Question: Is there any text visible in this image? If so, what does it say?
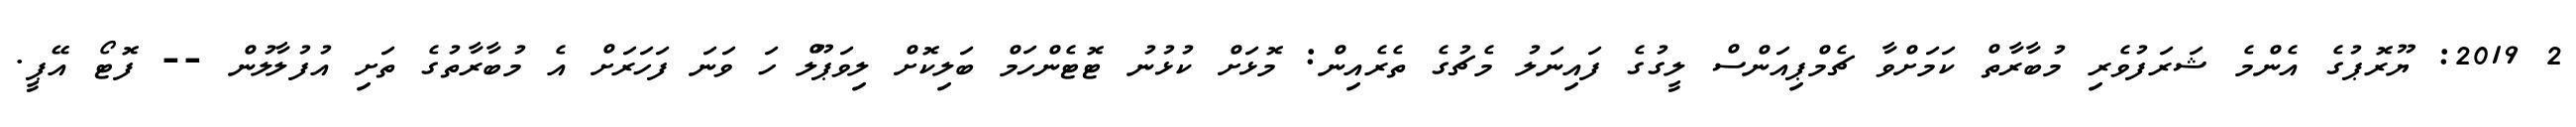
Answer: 2 2019: ޔޫރޮޕުގެ އެންމެ ޝަރަފުވެރި މުބާރާތް ކަމަށްވާ ޗެމްޕިއަންސް ލީގުގެ ފައިނަލު މެޗުގެ ތެރެއިން: މޮޅަށް ކުޅުނު ޓޮޓެންހަމް ބަލިކޮށް ލިވަޕޫލް ހަ ވަނަ ފަހަރަށް އެ މުބާރާތުގެ ތަށި އުފުލާލުން -- ފޮޓޯ އޭޕީ.